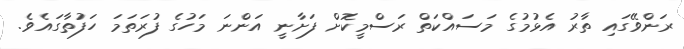
ރަންވޭގައި ތާރު އެޅުމުގެ މަސައްކަތް ރަސްމީކޮށް ފަށާނީ އަންނަ މަހުގެ ފުރަތަމަ ހަފުތާގައެވެ.